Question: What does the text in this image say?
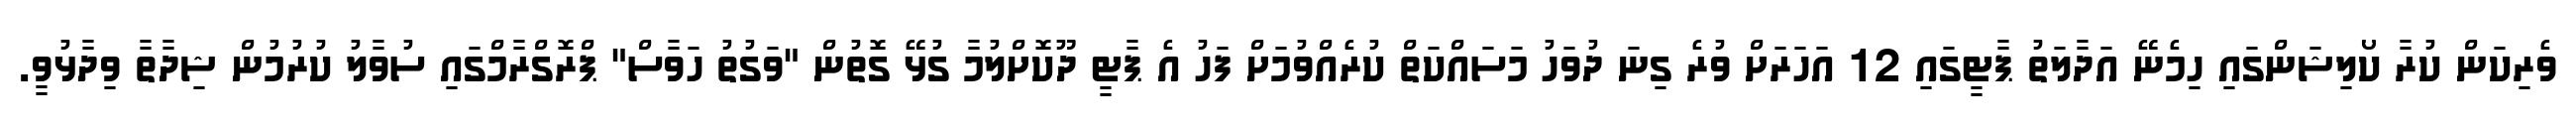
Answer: ވެރިކަން ކުރާ ކޯލިޝަންގައި ހިމެނޭ އަދާލަތު ޕާޓީގައި 12 އަހަރަށް ވުރެ ގިނަ ދުވަހު މަސައްކަތް ކުރެއްވުމަށް ފަހު އެ ޕާޓީ ދޫކޮށްލުމާ ގުޅޭ ގޮތުން "ވަގުތު ހަވާސް" ޕްރޮގްރާމްގައި ސުވާލު ކުރުމުން ޝިދާތާ ވިދާޅުވީ.